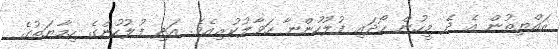
ރައްޔިތުން އެ ދެ މީހުން ހޯދައި ފުލުހުންނާ ހަވާލުކުރިއެވެ. އަދި ފުލުހުންގެ ހިމާޔަތުގެ